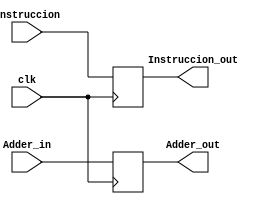
module Buffer_1 (
	input clk,
	input [31:0] Instruccion,
	input [31:0] Adder_in,
	
	output reg [31:0] Instruccion_out,
	output reg [31:0] Adder_out
);

always@(posedge clk)
begin
	Instruccion_out <= Instruccion;
	Adder_out <= Adder_in;
end

endmodule